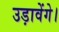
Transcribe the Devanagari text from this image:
उड़ावेंगे।